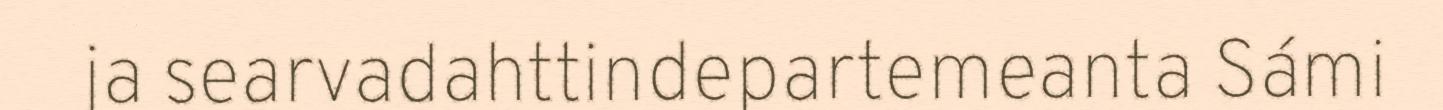
ja searvadahttindepartemeanta Sámi